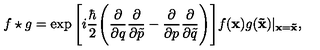
f \star g = \exp \Bigg [ i \frac { \hbar } { 2 } \Bigg ( \frac { \partial } { \partial q } \frac { \partial } { \partial \tilde { p } } - \frac { \partial } { \partial p } \frac { \partial } { \partial \tilde { q } } \Bigg ) \Bigg ] f ( { \bf x } ) g ( { \bf \tilde { x } } ) \vert _ { { \bf x } = { \bf \tilde { x } } } ,